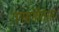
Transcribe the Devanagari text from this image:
रागसंगीतात